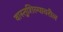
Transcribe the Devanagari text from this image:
वास्तुशिल्पावरील